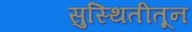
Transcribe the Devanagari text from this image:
सुस्थितीतून